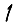
Digit: 1